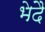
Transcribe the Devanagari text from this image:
भेदै